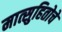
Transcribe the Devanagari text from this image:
मात्सुहितोचे